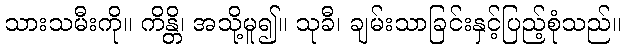
သားသမီးကို။ ကိန္တိ၊ အသို့မူ၍။ သုခီ၊ ချမ်းသာခြင်းနှင့်ပြည့်စုံသည်။